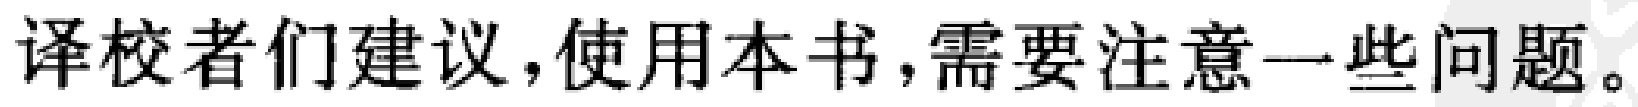
译校者们建议，使用本书，需要注意一些问题。